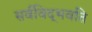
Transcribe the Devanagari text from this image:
सर्वविद्‍भवति